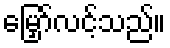
မြှော်လင့်သည်။